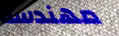
مهندسة